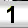
Digit: 1